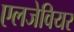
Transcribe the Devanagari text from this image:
एलजेवियर